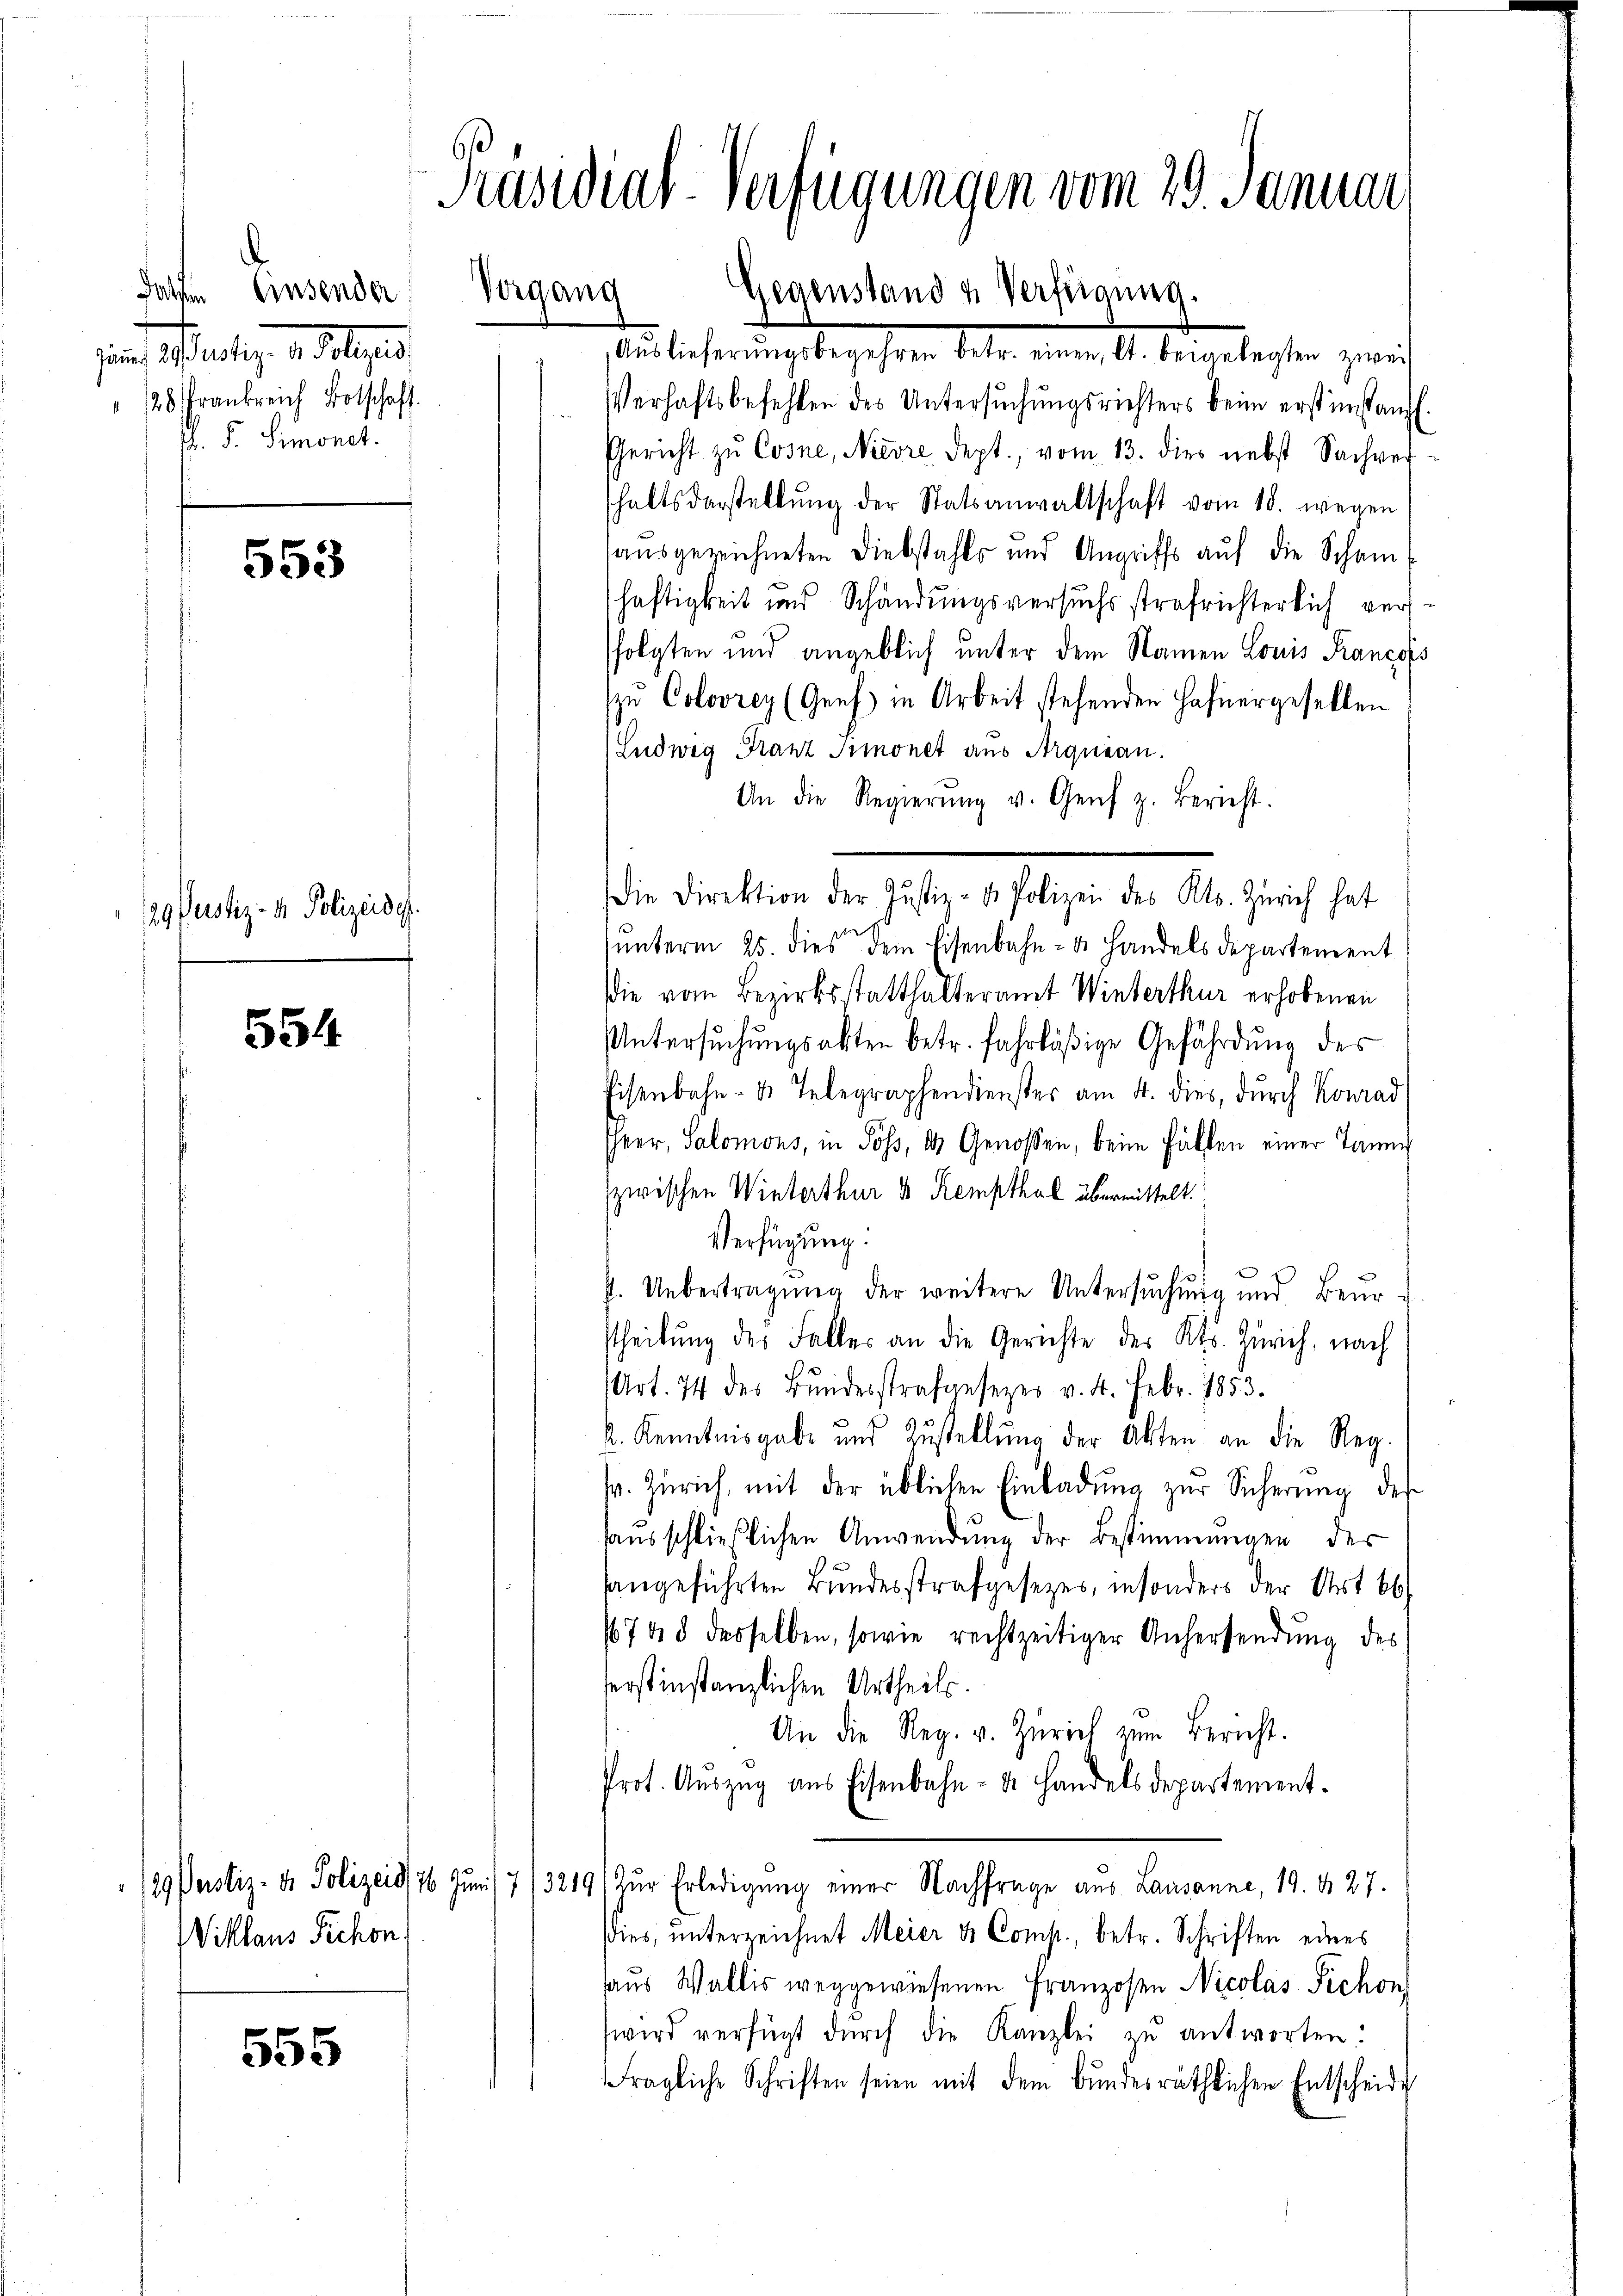
d
Dathen Einsender
sin fertig, d. Folgend
128 frankreich Botschaff
M. F. Simonet.

553

/29. Justiz- & Polizeide.

554

Wiklaus Schon,

555

Präsidial-Verfügungen vom 29. Januar
Vorgang
Gegenstand u. Verfügung.

Auslieferungsbegehren betr. einen, lt. beigelegten zwei
Verhaftsbefehlen des Untersuchungsrichters beim erst instanzl.
Gericht zŭ Cosne, Nievre dept., vom 13. dies nebst Sachver-
haltsdarstellŭng der Statsanwaltschaft vom 18. wegen
ausgezeichneten Diebstahls und Angriffs auf die Scheinhaftigkeit und Schändungsversuchsstrafrichterlich versfolgten und angeblich unter dem Namen Louis Franzos
zu Colovrez (Genf in Arbeit stehenden Hahnergesellen
Ludwig Franz Simonet aus Arquian.
An die Regierŭng u. Genf z. Bericht.
ŭnterm 25. dies dem Eisenbahn- u. Handels departement
die vom Bezirksstatthalteramt Winterthur erhobenen
Untersuchungsakten betr. fahrläßige Gefährdung des
Eisenbahn- u. Telegraphendienster am 4. dies, durch Konrad
Ihrer, Salomons, in Sös, 14 Genossen, beim Fällen einer Tann
zwischen Winterthur u Kempthal übermittelt.
Verfügung.
P. Uebertragŭng der weitere Untersŭchŭng und Beŭr-
stheilung des Falles an die Gerichte des Kts. Zürich, nach
(Art. 74 des Bŭndesstrafgesezes v. 4. Febr. 1853.
k. Kenntnisgabe und Zustellŭng der Akten an die Reg.
sr. Zürich, mit der üblichen Einladung zur Sicherung der
saŭsschließlichen Anwendung der Bestimmungen der
angeführten Bundesstrafgesezes, insonders der Art 66
1748 desselben, sowie rechtzeitiger Anhersendung des
ferstinstanzlichen Urtheils.
An die Reg. v. Zürich zum Bericht.
Prot. Auszug aus Eisenbahn- u. Handelsdepartement¬
/29 Pustiz- & Polizeid, 76 Jŭni 7/3219/ zŭr Erledigŭng einer Nachfrage aus Lausanne, 19. d. 27.
ies, unterzeichnet Meier & Comp., betr. Schriften eines
aus Wallis weggewiesenen Franzosen Nicolas Sichon
wird verfügt durch die Kanzlei zu antworten:
ragliche Schriften seien mit dem Bŭndesräthlichen Entscheide

Die Direktion der Justiz- u. Polizei des Kts. Zürich hat